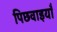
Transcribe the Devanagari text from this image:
पिछवाइयाँ